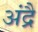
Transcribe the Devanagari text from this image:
अंद्रै